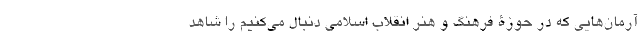
آرمان‌هایی که در حوزۀ فرهنگ و هنر انقلاب اسلامی دنبال می‌کنیم را شاهد